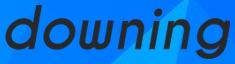
downing